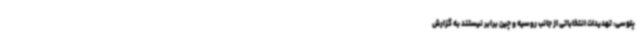
پلوسی: تهدیدات انتخاباتی از جانب روسیه و چین برابر نیستند به گزارش